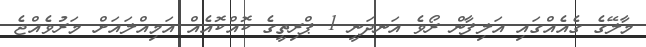
މާލޭގެ ގެއެއްގައި އަލިފާން ރޯވެ އަނދަނީ 1 ޕްރިތީގެ ކޮއްކޮއެއް އަމިއްލައަށް މަރުވެއްޖެ